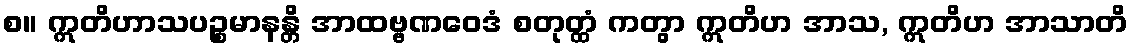
စ။ ဣတိဟာသပဉ္စမာနန္တိ အာထဗ္ဗဏဝေဒံ စတုတ္ထံ ကတွာ ဣတိဟ အာသ, ဣတိဟ အာသာတိ